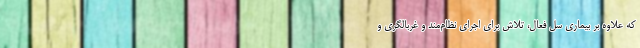
که علاوه بر بیماری سل فعال، تلاش برای اجرای نظام‌مند و غربالگری و